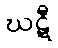
ဃဋီ